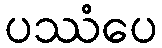
ပဿံပေ